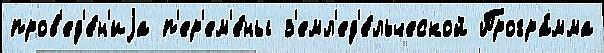
пров'ед'е́н'иjа п'ер'ем'е́ны з'емл'ед'е́льческой Програ́мма